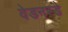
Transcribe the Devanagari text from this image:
वेडनस्डे